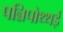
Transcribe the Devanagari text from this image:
पन्निपोथ्थई